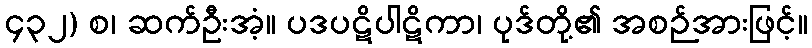
၄၃၂) စ၊ ဆက်ဦးအံ့။ ပဒပဋိပါဋိကာ၊ ပုဒ်တို့၏ အစဉ်အားဖြင့်။